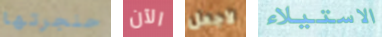
حنجرتها الآن لأجعل الاستيلاء